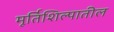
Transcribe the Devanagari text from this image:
मूर्तिशिल्पातील